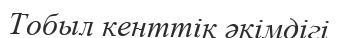
Тобыл кенттік әкімдігі